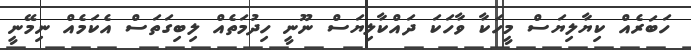
ހަބަރެއް ކިޔާލިޔަސް މީހަކާ ވާހަކަ ދައްކާލިޔަސް ނޫނީ ހިދުމަތެއް ލިބިގަތަސް އެކަމެއް ނިމޭނީ